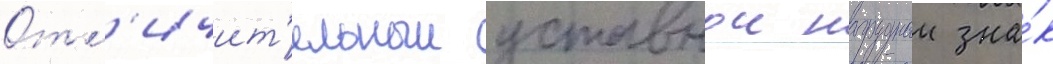
Отл'ичит'ельныи уставнои нагрудныи зна́к